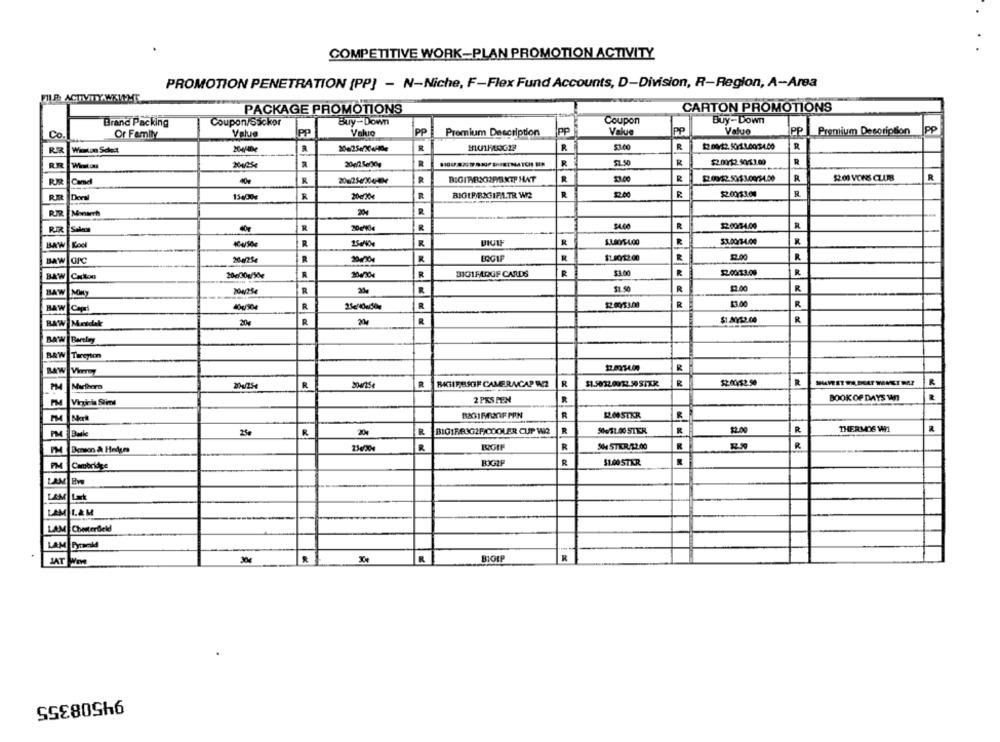
COMPETITIVE WORK-PLAN PROMOTION ACTIVITY
PROMOTION PENETRATION (PP] - N-Niche, F-Flex Fund Accounts, D-Division, R-Region, A-Area
FILE ACTIVITY WKILHE
PACKAGE PROMOTIONS
CARTON PROMOTIONS
Brand Packing
Coupon/Sacker
Buy-Down
Coupon
Buy-Down
Co.
Or Family
Value
PP
Vakio
PP
Premium Description
PP
Value
PP
Value
PP Premium Description PP
Winston Select
R
R
R
53.00
R
$2.00/12.500 1.0004.00
R
R
$1.50
R
$2.00/52.50/53.00
R
R
R
R
23.00
R
2.09/52.506 100/54.00
R
R
Camel
200256304-4
R
22.00
R
R
RR
Deryl
15400
R
200/20€
R
BIGIFRAGIRLTR W2
Monterh
R
RR
40
20/40
R
R
1200/3-4.00
BAW Koel
404/50g
R
R
BIUIF
R
R
GPC
24-25
R
R
$1.80/12.00
12.00
R
20030g/5e
R
R
BIG1FAQOF CARDS
R
52.00133.00
R
BAW CHton
R
$1.50
R
$2.00
R
BAW MINT
R
12.0053.00
R
13.00
R
RAW Capi
R
R
R
BAW Metdak
R
20
BAYW Barely
BAW Tareyion
R
Marlboro
R
R
MAGIRUSGF CAMERACAP W2
R
$1.5032.00/22.50 9130
R
$2.00/52.50
PM
PM
Virginia Stime
2 PKS PEN
R
BOOK OF DAYS Vn
R
MOSTKR
R
PM
250
R
BIG1F&3G2P/COOLER CUP WIR
R
50e31.00 STER
R
R
THERMOS WI1
PM
R
R
SH STER.72.00
R
R
R
R
Cambridge
$1.00 STER
LAM
LAM Lat
LAM L&M
LAM Chesterfield
LAM Pyramid
R
JAT WIw
R
BION
94508355